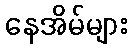
နေအိမ်များ